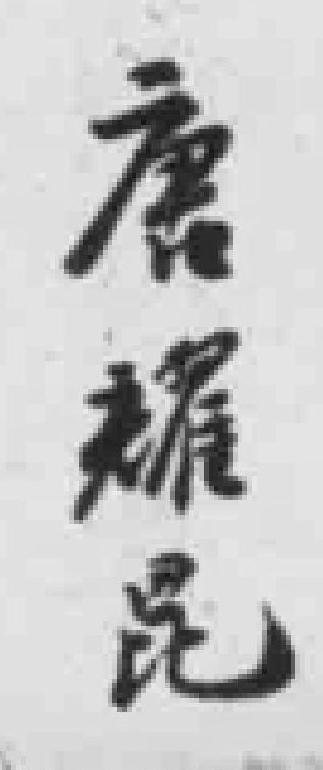
唐耀昆